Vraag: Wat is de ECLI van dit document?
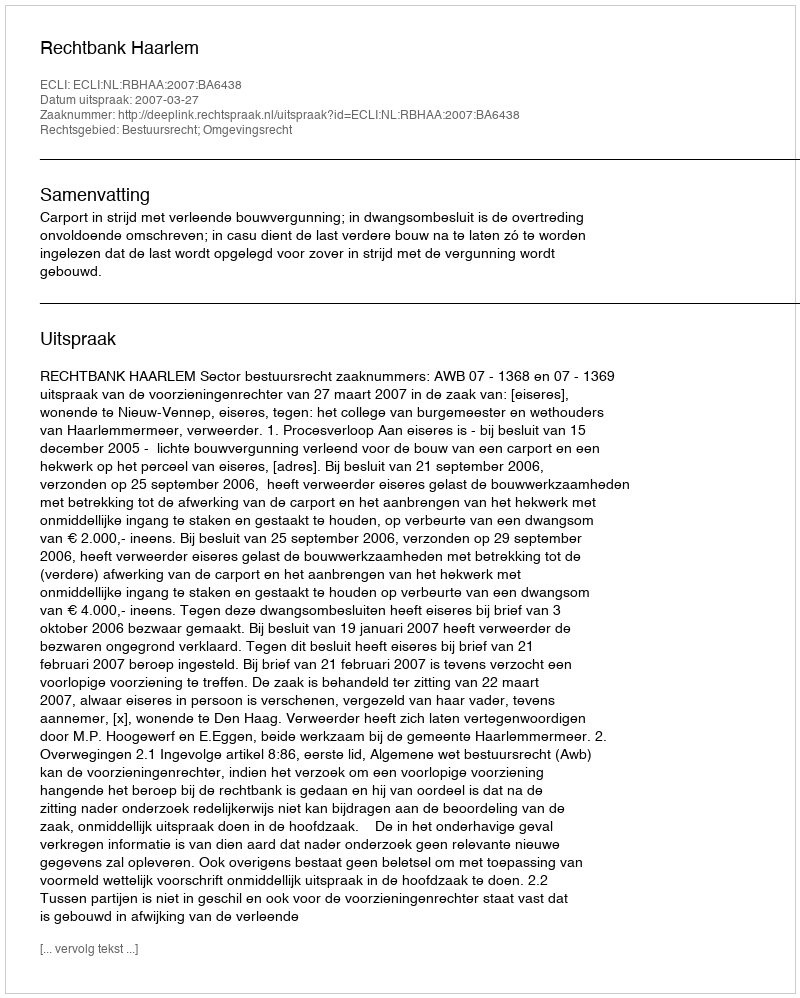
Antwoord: ECLI:NL:RBHAA:2007:BA6438